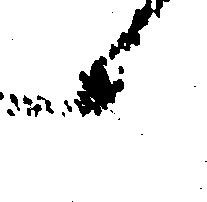
へ